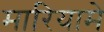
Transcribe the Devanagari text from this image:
मारियामे